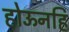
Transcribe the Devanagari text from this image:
होऊनहि